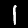
Label: 1